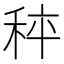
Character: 𥞯